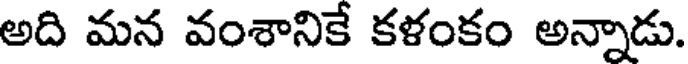
అది మన వంశానికే కళంకం అన్నాడు.